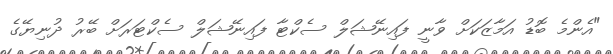
"އެންމެ ބޮޑު އަމާޒަކަށް ވާނީ ފައިނޭޝަލް ސެކްޓާ ފައިނޭޝަލް ސެކްޓަރަށް ބޭރު ދުނިޔޭގެ